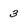
Character: 3